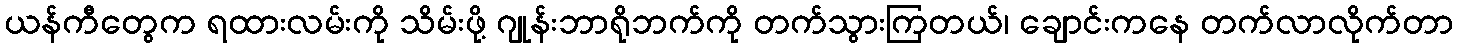
ယန်ကီတွေက ရထားလမ်းကို သိမ်းဖို့ ဂျုန်းဘာရိုဘက်ကို တက်သွားကြတယ်၊ ချောင်းကနေ တက်လာလိုက်တာ